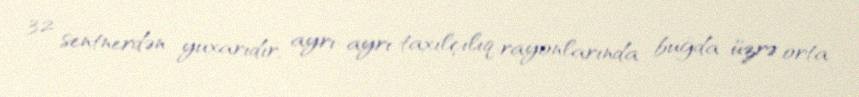
32 sentnerdən yuxarıdır, ayrı-ayrı taxılçılıq rayonlarında buğda üzrə orta